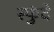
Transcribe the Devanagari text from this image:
स्फुंदे